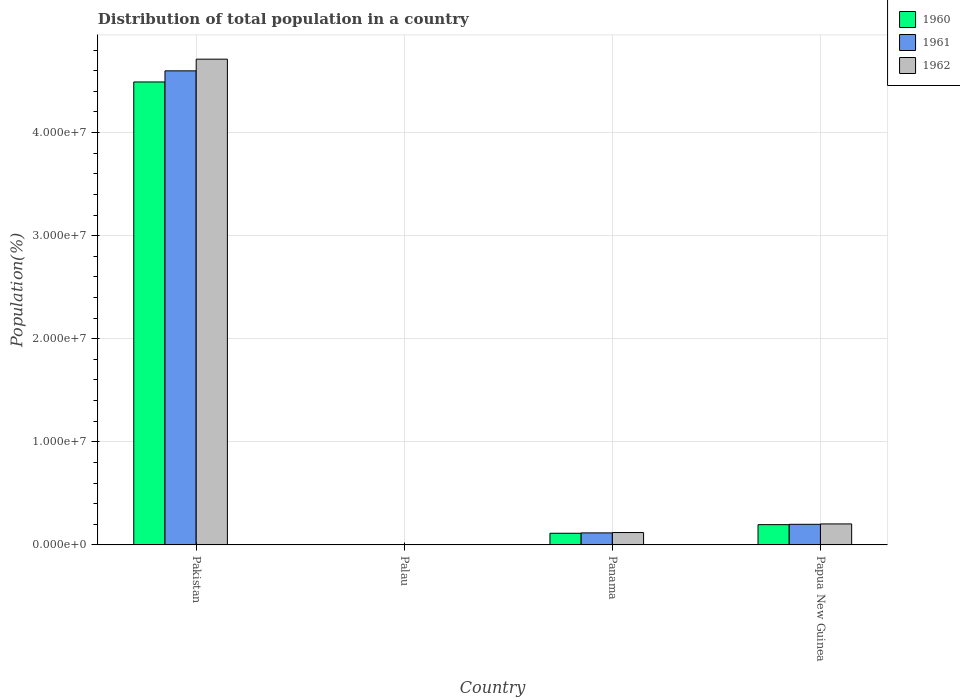
| Country | 1960 | 1961 | 1962 |
 | --- | --- | --- | --- |
 | Pakistan | 4.49e+07 | 4.6e+07 | 4.71e+07 |
 | Palau | 9.64e+03 | 9.9e+03 | 1.02e+04 |
 | Panama | 1.13e+06 | 1.17e+06 | 1.2e+06 |
 | Papua New Guinea | 1.97e+06 | 2e+06 | 2.04e+06 |